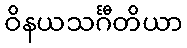
ဝိနယသင်္ဂီတိယာ